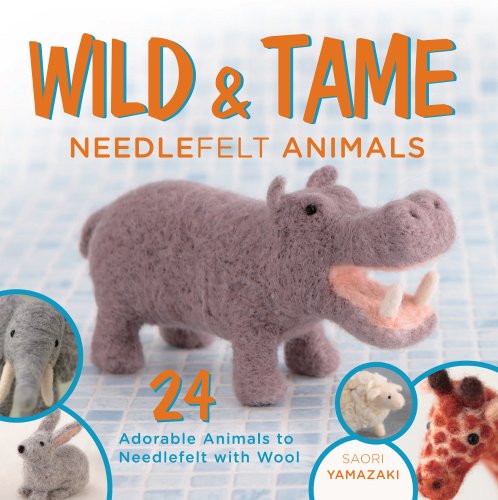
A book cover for Wild and Tame Needlefelt Animals: 24 Adorable Animals to Needlefelt With Wool; Saori Yamazaki; Crafts, Hobbies & Home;